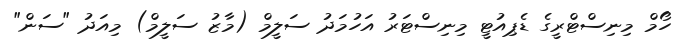
ހޯމް މިނިސްޓްރީގެ ޑެޕިއުޓީ މިނިސްޓަރު އަހުމަދު ސަލީމް (މާޒު ސަލީމް) މިއަދު "ސަން"